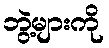
ဘွဲ့များကို